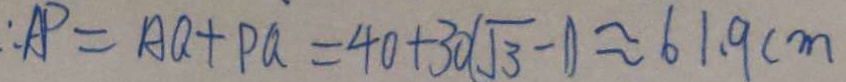
\therefore A P = A Q + P a = 4 0 + 3 0 ( \sqrt { 3 } - 1 ) \approx 6 1 . 9 c m